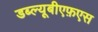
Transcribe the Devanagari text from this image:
डब्ल्यूबीएफ़एस